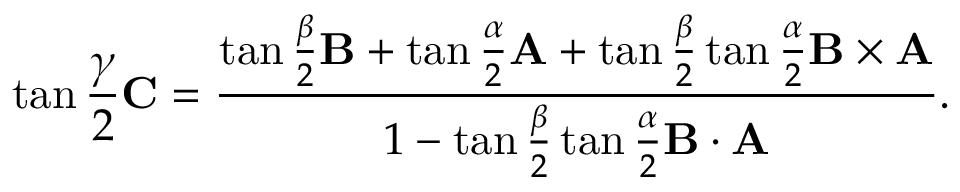
\tan { \frac { \gamma } { 2 } } \mathbf { C } = { \frac { \tan { \frac { \beta } { 2 } } \mathbf { B } + \tan { \frac { \alpha } { 2 } } \mathbf { A } + \tan { \frac { \beta } { 2 } } \tan { \frac { \alpha } { 2 } } \mathbf { B } \times \mathbf { A } } { 1 - \tan { \frac { \beta } { 2 } } \tan { \frac { \alpha } { 2 } } \mathbf { B } \cdot \mathbf { A } } } .